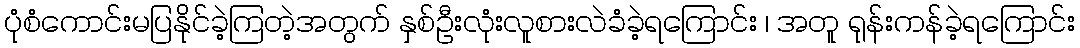
ပုံစံကောင်းမပြနိုင်ခဲ့ကြတဲ့အတွက် နှစ်ဦးလုံးလူစားလဲခံခဲ့ရကြောင်း ၊ အတူ ရုန်းကန်ခဲ့ရကြောင်း